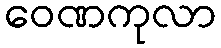
ဝေဏကုလာ